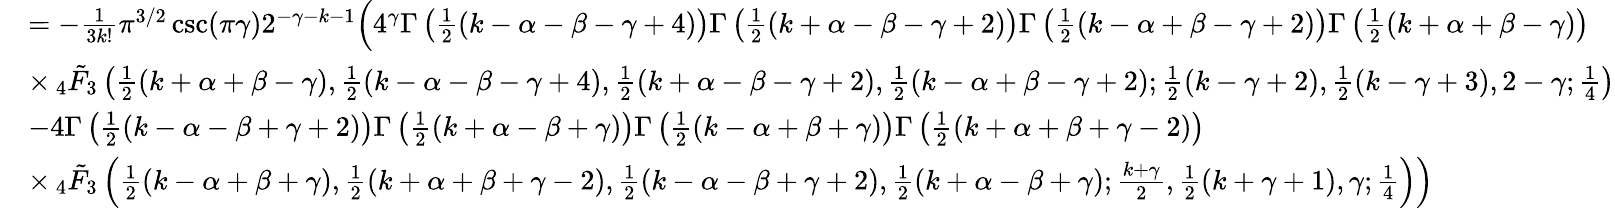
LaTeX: \begin{array}{rl}&{=-\frac{1}{3k!}\pi^{3/2}\csc(\pi\gamma)2^{-\gamma-k-1}\Big(4^{\gamma}\Gamma\left(\frac{1}{2}(k-\alpha-\beta-\gamma+4)\right)\Gamma\left(\frac{1}{2}(k+\alpha-\beta-\gamma+2)\right)\Gamma\left(\frac{1}{2}(k-\alpha+\beta-\gamma+2)\right)\Gamma\left(\frac{1}{2}(k+\alpha+\beta-\gamma)\right)}\\ &{\times\, _{4}\tilde{F}_{3}\left(\frac{1}{2}(k+\alpha+\beta-\gamma),\frac{1}{2}(k-\alpha-\beta-\gamma+4),\frac{1}{2}(k+\alpha-\beta-\gamma+2),\frac{1}{2}(k-\alpha+\beta-\gamma+2);\frac{1}{2}(k-\gamma+2),\frac{1}{2}(k-\gamma+3),2-\gamma;\frac{1}{4}\right)}\\ &{-4\Gamma\left(\frac{1}{2}(k-\alpha-\beta+\gamma+2)\right)\Gamma\left(\frac{1}{2}(k+\alpha-\beta+\gamma)\right)\Gamma\left(\frac{1}{2}(k-\alpha+\beta+\gamma)\right)\Gamma\left(\frac{1}{2}(k+\alpha+\beta+\gamma-2)\right)}\\ &{\times\, _{4}\tilde{F}_{3}\left(\frac{1}{2}(k-\alpha+\beta+\gamma),\frac{1}{2}(k+\alpha+\beta+\gamma-2),\frac{1}{2}(k-\alpha-\beta+\gamma+2),\frac{1}{2}(k+\alpha-\beta+\gamma);\frac{k+\gamma}{2},\frac{1}{2}(k+\gamma+1),\gamma;\frac{1}{4}\right)\Big)}\end{array}